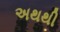
અથથી